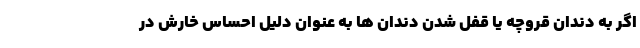
اگر به دندان قروچه یا قفل شدن دندان ها به عنوان دلیل احساس خارش در